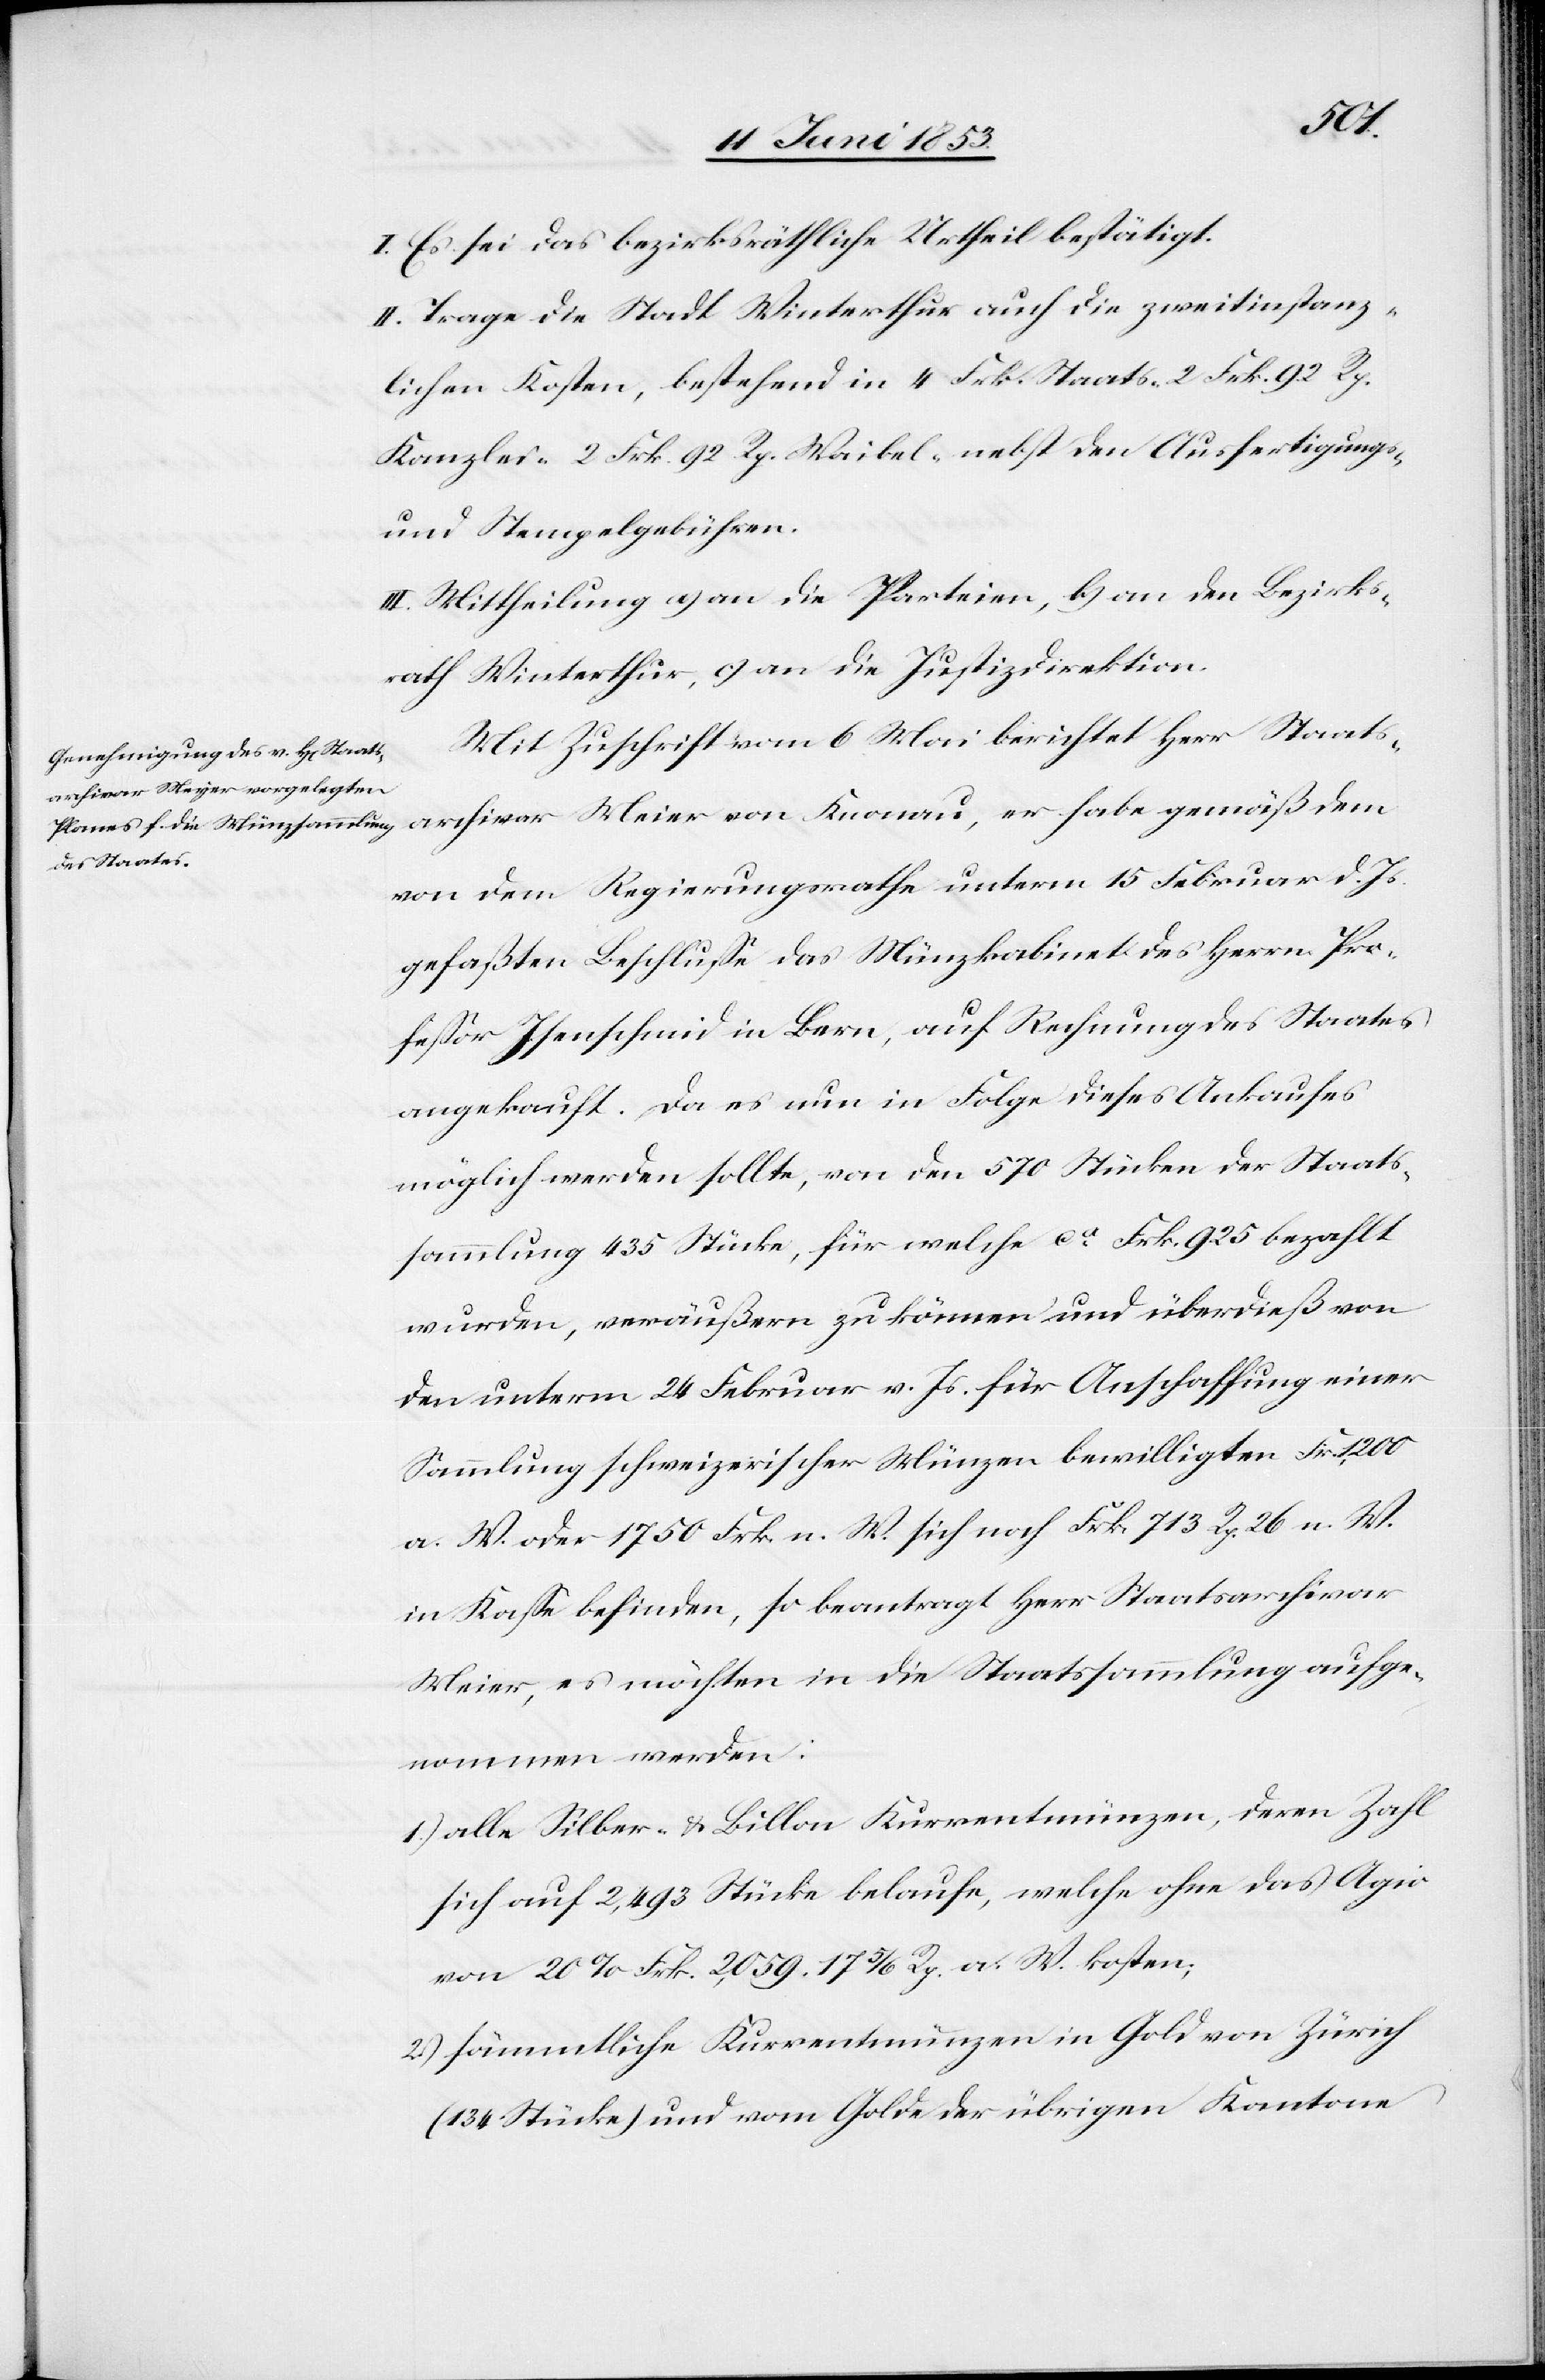
I. Es sei das bezirksräthliche Urtheil bestätigt.
II. Trage die Stadt Winterthur auch die zweitinstanz¬
lichen Kosten, bestehend in 4 Frk. Staats- 2 Frk. 92 Rp.
Kanzlei- 2 Frk. 92 Rp. Waibel- nebst den Ausfertigungs-
u. Stempelgebühren.
III. Mittheilung a) an die Parteien, b) an den Bezirks¬
rath Winterthur, c) an die Justizdirektion.
Mit Zuschrift vom 6 Mai berichtet Herr Staats¬
archivar Meier [sic!] von Knonau, er habe gemäß dem
von dem Regierungsrathe unterm 15 Februar d. Js.
gefaßten Beschluße das Münzkabinet des Herrn Pro¬
feßor Isenschmid in Bern, auf Rechnung des Staates
angekauft. Da es nun in Folge dieses Ankaufes
möglich werden sollte, von den 570 Stücken der Staats¬
sammlung 435 Stücke, für welche ca. Frk. 925 bezahlt
wurden, veräußern zu können und überdieß von
den unterm 24 Februar v. Js. für Anschaffung einer
Sammlung schweizerischer Münzen bewilligten Fr. 1,200
a. W. oder 1750 Frk. n. W. sich noch Frk. 713 Rp. 26 n. W.
in Kaße befinden, so beantragt Herr Staatsarchivar
Meier, es möchten in die Staatssammlung aufge¬
nommen werden:
1.) alle Silber- u. Billon Kurrentmünzen, deren Zahl
sich auf 2,493 Stücke belaufe, welche ohne das Agio
von 20% Frk. 2,059. 17 5/6 Rp. a. W. kosten;
2.) sämmtliche Kurrentmünzen in Gold von Zürich
(134 Stücke) und vom Golde der übrigen Kantone